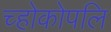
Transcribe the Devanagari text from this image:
च्होकोपलि